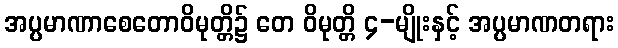
အပ္ပမာဏာစေတောဝိမုတ္တိ၌ တေ ဝိမုတ္တိ ၄-မျိုးနှင့် အပ္ပမာဏတရား